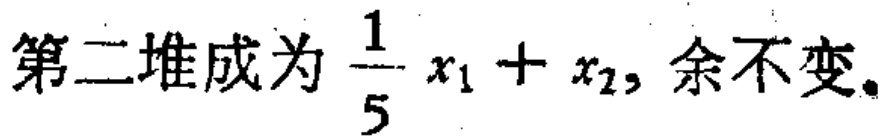
第二堆成为 $\frac{1}{5} x_{1} + x_{2}$, 余不变。